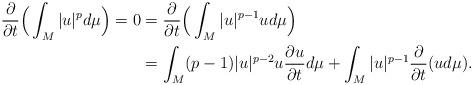
LaTeX: \begin{align*}\frac{\partial} {\partial t}\Big( \int_M |u|^p d \mu \Big) = 0 &= \frac{\partial} {\partial t}\Big( \int_M |u|^{p-1} u d \mu \Big)\\\displaystyle& = \int_M(p-1) |u|^{p-2} u \frac{\partial u} {\partial t} d\mu + \int_M |u|^{p-1} \frac{\partial } {\partial t} (u d\mu).\end{align*}